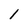
Character: l